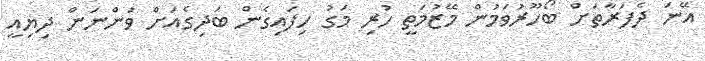
އޭނަ ދެފަރާތަށް ބޯހޫރުވަމުން މޭޒުމަތީ ހުރި މަގު ހިފައިގެން ބަދިގެއަށް ވަންނަން ދިޔިއީ